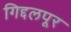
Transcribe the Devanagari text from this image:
गिद्दलपूर